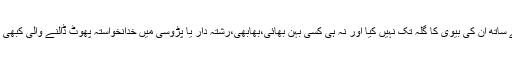
کسی بیٹے کے ساتھ ان کی بیوی کا گلہ تک نہیں کیا اور نہ ہی کسی بہن بھائی،بھابھی،رشتہ دار یا پڑوسی میں خدانخواستہ پھوٹ ڈالنے والی کبھی کوئی بات کی۔